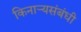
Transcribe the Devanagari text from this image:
किनार्‍यसंबंधी